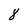
Character: 8